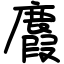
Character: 麚